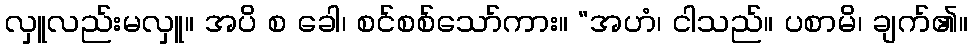
လှူလည်းမလှူ။ အပိ စ ခေါ၊ စင်စစ်သော်ကား။ “အဟံ၊ ငါသည်။ ပစာမိ၊ ချက်၏။